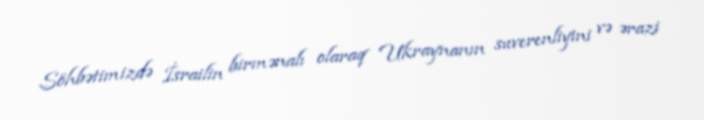
Söhbətimizdə İsrailin birmənalı olaraq Ukraynanın suverenliyini və ərazi